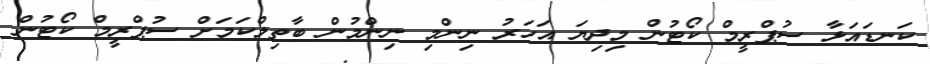
ކަނޑައަޅާ ސުޕްރީމް ކޯޓުން މިދިޔަ އަހަރު ނިންމި ނިންމުން ބާތިލްކަމަށް ސުޕްރީމް ކޯޓުން